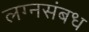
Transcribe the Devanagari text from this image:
लग्नसंबध